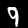
Digit: 9